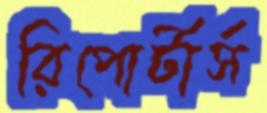
রিপোর্টার্স